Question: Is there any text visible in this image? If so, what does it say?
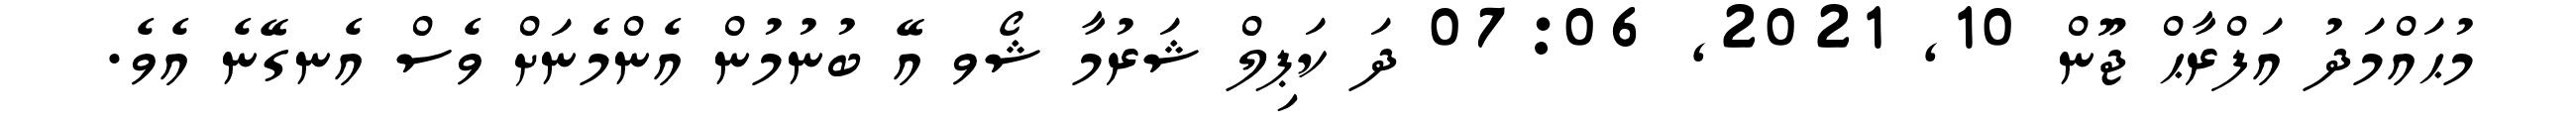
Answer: މުޙައްމަދު އަފްރާޙް ޖޫން 10, 2021, 07:06 ދަ ކަޕިލް ޝަރުމާ ޝޯވ އޭ ބުނުމުން އެންމެނަށް ވެސް އެނގޭނެ އެވެ.